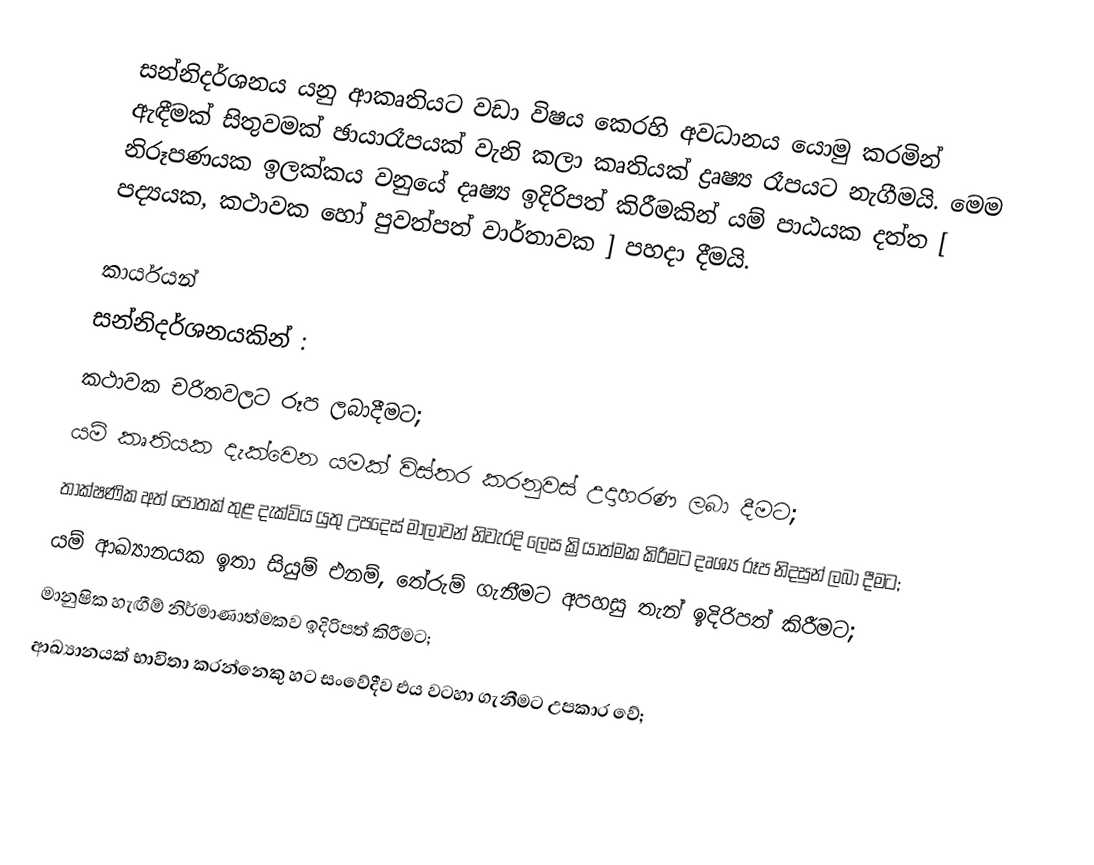
සන්නිදර්ශනය යනු ආකෘතියට වඩා විෂය කෙරහි අවධානය යොමු කරමින් ඇඳීමක් සිතුවමක් ඡායාරෑපයක් වැනි කලා කෘතියක් ද්‍රෘෂ්‍ය රෑපයට නැගීමයි. මෙම නිරූපණයක ඉලක්කය වනුයේ දෘෂ්‍ය ඉදිරිපත් කිරීමකින් යම් පාඨයක දත්ත [ පද්‍යයක, කථාවක හෝ පුවත්පත් වාර්තාවක ] පහදා දීමයි.

කාර්යයන්
සන්නිදර්ශනයකින් :
කථාවක චරිතවලට රූප ලබාදීමට;
යම් කෘතියක දැක්වෙන යමක් විස්තර කරනුවස් උදාහරණ ලබා දීමට;
තාක්ෂණික අත් පොතක් තුළ දැක්විය යුතු උපදෙස් මාලාවන් නිවැරදි ලෙස ක්‍රියාත්මක කිරීමට දෘශ්‍ය රූප නිදසුන් ලබා දීමට;
යම් ආඛ්‍යානයක ඉතා සියුම් එනම්, තේරුම් ගැනීමට අපහසු තැන් ඉදිරිපත් කිරීමට;
මානුෂික හැඟීම් නිර්මාණාත්මකව  ඉදිරිපත් කිරීමට;
ආඛ්‍යානයක් භාවිතා කරන්නෙකු හට සංවේදීව එය වටහා ගැනීමට උපකාර වේ;